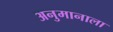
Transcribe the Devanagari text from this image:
अनुमानाला